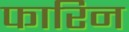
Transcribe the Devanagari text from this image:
फारिन